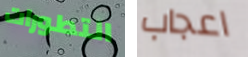
التطورات اعجاب